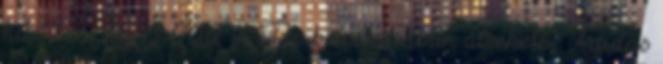
hibátlan Ár: 3 000 ft Bp belvárosában átvehető,. Adidas